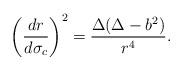
LaTeX: \begin{align*}\left(\frac{dr}{d\sigma_c}\right)^2=\frac{\Delta(\Delta-b^2)}{r^4}.\end{align*}